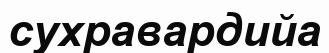
сухравардийа